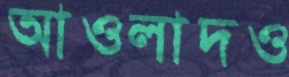
আওলাদও